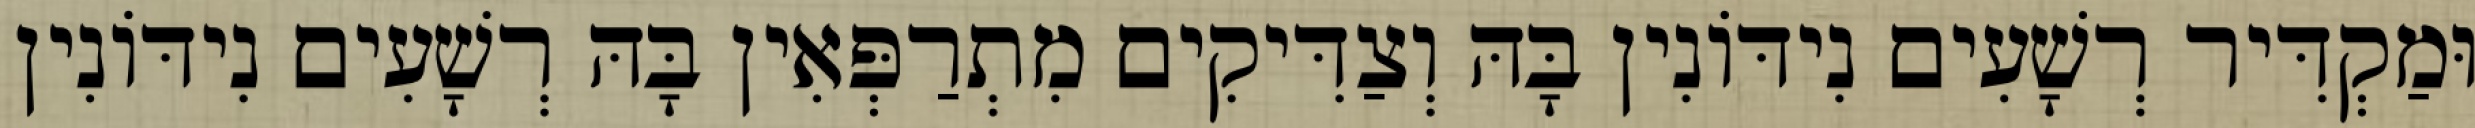
וּמַקְדִּיר רְשָׁעִים נִידּוֹנִין בָּהּ וְצַדִּיקִים מִתְרַפְּאִין בָּהּ רְשָׁעִים נִידּוֹנִין